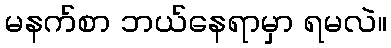
မနက်စာ ဘယ်နေရာမှာ ရမလဲ။